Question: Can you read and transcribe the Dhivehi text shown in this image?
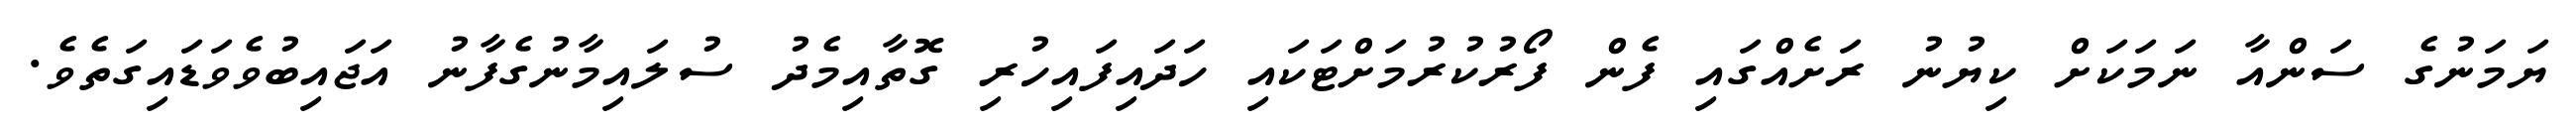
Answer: ޔަމަނުގެ ސަންއާ ނަމަކަށް ކިޔުނު ރަށެއްގައި ފެން ފޯރުކުރުމަށްޓަކައި ހަދައިފައިހުރި ގޮތާއިމެދު ސުލައިމާނުގެފާނު އަޖައިބުވެވަޑައިގަތެވެ.